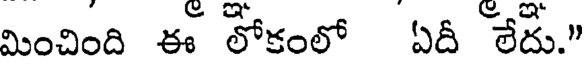
మించింది ఈ లోకంలో ఏదీ లేదు."